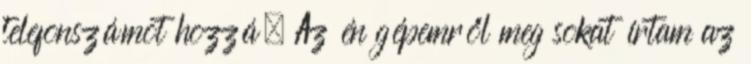
telefonszámot hozzá. Az én gépemről meg sokat írtam az